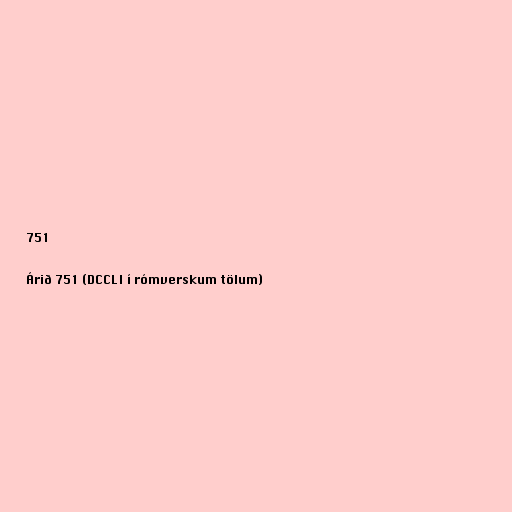
751

Árið 751 (DCCLI í rómverskum tölum)